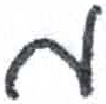
אות: מ